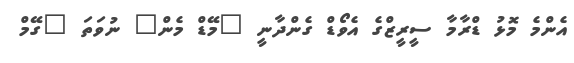
އެންމެ މޮޅު ޑްރާމާ ސީރީޒްގެ އެވޯޑް ގެންދާނީ "މޭޑް މެން" ނުވަތަ "ގޭމް